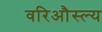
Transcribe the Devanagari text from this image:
वरिऔस्ल्य